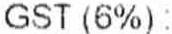
GST (6%) :